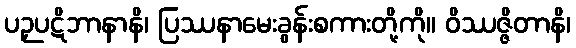
ပဉှပဋိဘာနာနိ၊ ပြဿနာမေးခွန်းစကားတို့ကို။ ဝိဿဇ္ဇိတာနိ၊